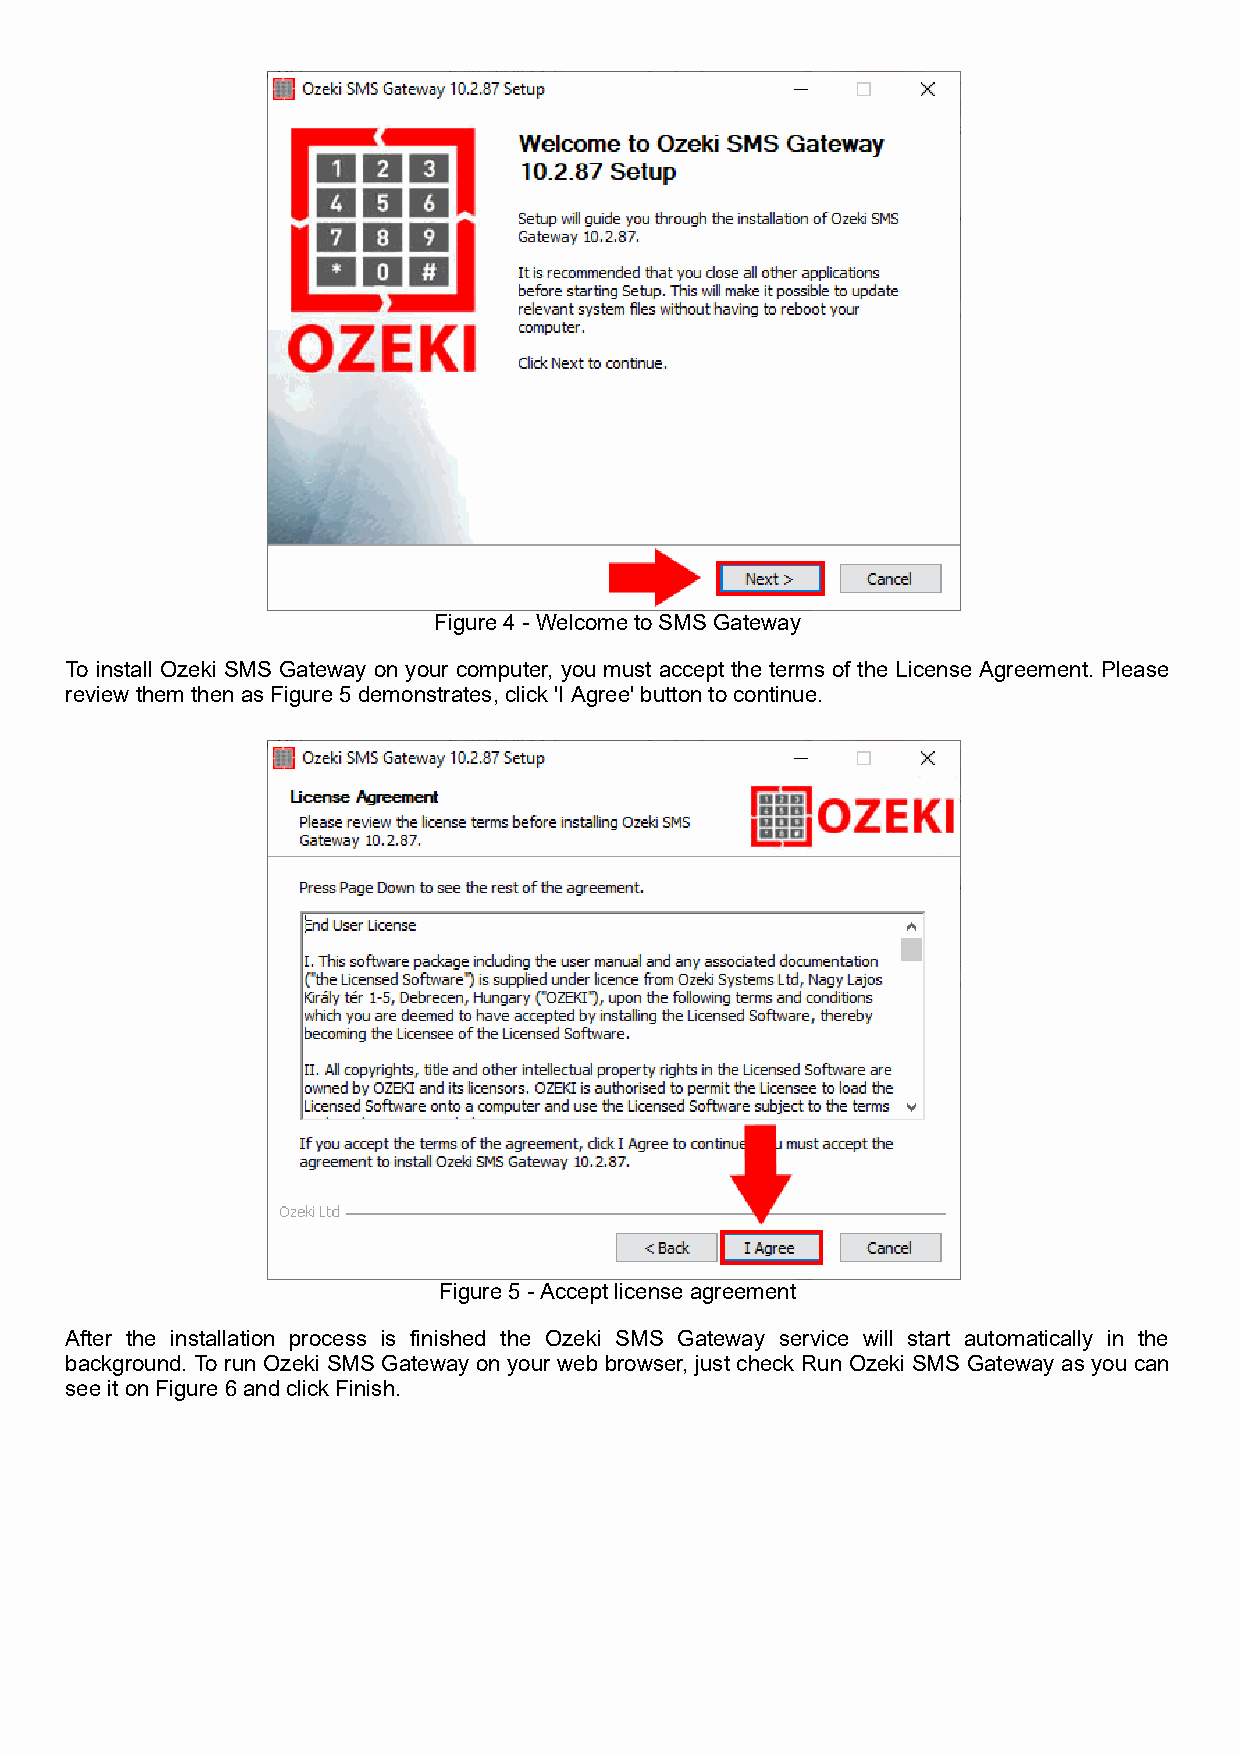
Figure 4 - Welcome to SMS Gateway
 To install Ozeki SMS Gateway on your computer, you must accept the terms of the License Agreement. Please
 review them then as Figure 5 demonstrates, click 'I Agree' button to continue.
 Figure 5 - Accept license agreement
 After the installation process is finished the Ozeki SMS Gateway service will start automatically in the
 background. To run Ozeki SMS Gateway on your web browser, just check Run Ozeki SMS Gateway as you can
 see it on Figure 6 and click Finish.